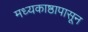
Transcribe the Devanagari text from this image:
मध्यकाष्ठापासून